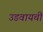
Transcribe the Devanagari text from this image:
उडवायची